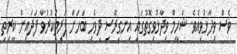
ވެސް ވިދާޅުވިއެވެ. ޝަހީމް ވިދާޅުވިގޮތުގައި އިނގިރޭސި ދިވެހި ބަހަށް ފަރިތަކުރުވާ ފަދައިން ކީރިތި